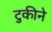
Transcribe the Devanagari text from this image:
टुकीने